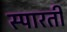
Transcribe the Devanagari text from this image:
स्पारती